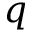
q